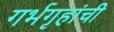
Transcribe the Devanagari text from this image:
गर्भगृहांची